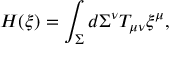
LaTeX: H ( \xi ) = \int _ { \Sigma } d \Sigma ^ { \nu } T _ { \mu \nu } \xi ^ { \mu } ,